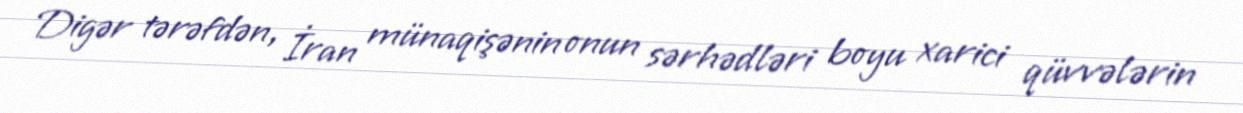
Digər tərəfdən, İran münaqişənin onun sərhədləri boyu xarici qüvvələrin